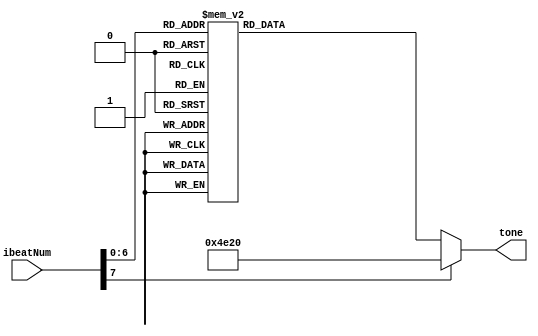

`define NMBL  32'd247 // B LOW
`define NMCs  32'd277 // C sharp
`define NME   32'd330 // E
`define NMFs  32'd370 // F sharp
`define NMGs  32'd415 // G sharp
`define NMA   32'd440 // A
`define NMB   32'd494 // B
`define NMCsH 32'd554 // C sharp HIGH
`define NM0   32'd20000 //slience (over freq.)

module Music (
	input [7:0] ibeatNum,	
	output reg [31:0] tone
);

always @(*) begin
	case (ibeatNum)		// 1/4 beat
		8'd0 : tone = `NME;	
		8'd1 : tone = `NME;
		8'd2 : tone = `NME;
		8'd3 : tone = `NME;
		8'd4 : tone = `NMCs;
		8'd5 : tone = `NMCs;
		8'd6 : tone = `NMBL;
		8'd7 : tone = `NMBL;
		
		8'd8 : tone = `NME;
		8'd9 : tone = `NME;
		8'd10 : tone = `NME;
		8'd11 : tone = `NME;
		8'd12 : tone = `NMCs;
		8'd13 : tone = `NMCs;
		8'd14 : tone = `NMBL;
		8'd15 : tone = `NMBL;
/////////////////////////////////////////////////
		
		8'd16 : tone = `NM0;
		8'd17 : tone = `NM0;
		8'd18 : tone = `NMGs;
		8'd19 : tone = `NMGs;
		8'd20 : tone = `NMGs;
		8'd21 : tone = `NMGs;
		8'd22 : tone = `NMFs;
		8'd23 : tone = `NMFs;
		
		8'd24 : tone = `NME;
		8'd25 : tone = `NM0;
		8'd26 : tone = `NME;
		8'd27 : tone = `NME;
		8'd28 : tone = `NMFs;
		8'd29 : tone = `NMFs;
		8'd30 : tone = `NMFs;
		8'd31 : tone = `NMFs;
////////////////////////////////////////////
		
		8'd32 : tone = `NME;
		8'd33 : tone = `NME;
		8'd34 : tone = `NME;
		8'd35 : tone = `NME;
		8'd36 : tone = `NMCs;
		8'd37 : tone = `NMCs;
		8'd38 : tone = `NMBL;
		8'd39 : tone = `NMBL;
		
		8'd40 : tone = `NME;
		8'd41 : tone = `NME;
		8'd42 : tone = `NME;
		8'd43 : tone = `NME;
		8'd44 : tone = `NMCs;
		8'd45 : tone = `NMCs;
		8'd46 : tone = `NMBL;
		8'd47 : tone = `NMBL;
/////////////////////////////////////////////////
		
		8'd48 : tone = `NM0;
		8'd49 : tone = `NM0;
		8'd50 : tone = `NMGs;
		8'd51 : tone = `NMGs;
		8'd52 : tone = `NMGs;
		8'd53 : tone = `NMGs;
		8'd54 : tone = `NMFs;
		8'd55 : tone = `NMFs;
		
		8'd56 : tone = `NME;
		8'd57 : tone = `NME;
		8'd58 : tone = `NME;
		8'd59 : tone = `NME;
		8'd60 : tone = `NMFs;
		8'd61 : tone = `NMFs;
		8'd62 : tone = `NMFs;
		8'd63 : tone = `NMFs;
///////////////////////////////////////////////////
		
		8'd64 : tone = `NME;
		8'd65 : tone = `NME;
		8'd66 : tone = `NME;
		8'd67 : tone = `NME;
		8'd68 : tone = `NMCs;
		8'd69 : tone = `NMCs;
		8'd70 : tone = `NMBL;
		8'd71 : tone = `NMBL;
		
		8'd72 : tone = `NME;
		8'd73 : tone = `NME;
		8'd74 : tone = `NME;
		8'd75 : tone = `NME;
		8'd76 : tone = `NM0;
		8'd77 : tone = `NM0;
		8'd78 : tone = `NMB;
		8'd79 : tone = `NMB;
/////////////////////////////////////////////////
		
		8'd80 : tone = `NMB;
		8'd81 : tone = `NM0;
		8'd82 : tone = `NMB;
		8'd83 : tone = `NMB;
		8'd84 : tone = `NMB;
		8'd85 : tone = `NMB;
		8'd86 : tone = `NMCsH;
		8'd87 : tone = `NMCsH;
		
		8'd88 : tone = `NMGs;
		8'd89 : tone = `NM0;
		8'd90 : tone = `NMGs;
		8'd91 : tone = `NM0;
		8'd92 : tone = `NMFs;
		8'd93 : tone = `NM0;
		8'd94 : tone = `NMFs;
		8'd95 : tone = `NM0;
///////////////////////////////////////////////////
		
		8'd96 : tone = `NME;
		8'd97 : tone = `NME;
		8'd98 : tone = `NMFs;
		8'd99 : tone = `NMFs;
		8'd100 : tone = `NMGs;
		8'd101 : tone = `NMGs;
		8'd102 : tone = `NMA;
		8'd103 : tone = `NMA;
		
		8'd104 : tone = `NMB;
		8'd105 : tone = `NMB;
		8'd106 : tone = `NMA;
		8'd107 : tone = `NMA;
		8'd108 : tone = `NMGs;
		8'd109 : tone = `NMGs;
		8'd110 : tone = `NMFs;
		8'd111 : tone = `NMFs;
/////////////////////////////////////////////////
		
		8'd112 : tone = `NME;
		8'd113 : tone = `NME;
		8'd114 : tone = `NMGs;
		8'd115 : tone = `NMGs;
		8'd116 : tone = `NMB;
		8'd117 : tone = `NMB;
		8'd118 : tone = `NMGs;
		8'd119 : tone = `NMGs;
		
		8'd120 : tone = `NMB;
		8'd121 : tone = `NMB;
		8'd122 : tone = `NMB;
		8'd123 : tone = `NM0;
		8'd124 : tone = `NMB;
		8'd125 : tone = `NMB;
		8'd126 : tone = `NMB;
		8'd127 : tone = `NM0;
///////////////////////////////////////////////////

		default : tone = `NM0;
	endcase
end

endmodule